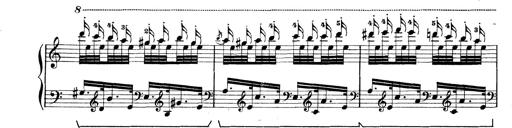
Title: Rapsodie: 19 ungheresi, 1 spagnuola
Composer: Franz Liszt